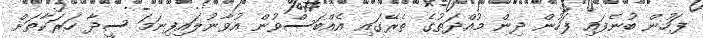
ފަހުން ބުނެފައި ފަހުން ދިން މުއްދަތުގެ ތެރޭގައި އެއްބަސްވުން އުވާނުލައިފިނަމަ ސީދާ ހަރަކާތަށް